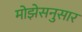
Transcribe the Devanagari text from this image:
मोझेसनुसार